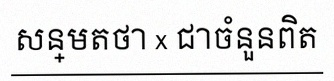
សន្មតថា x ជាចំនួនពិត